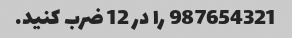
987654321 را در 12 ضرب کنید.